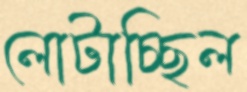
লোটাচ্ছিল